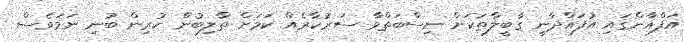
އަފްޣާންގައި އުފައްދާނީ ގާބީލާތަކަށް ނިސްބަތްވާ ސަރުކާރެއް ކަމަށް ތާލިބުން ކުރިން ބުނި ނަމަވެސް